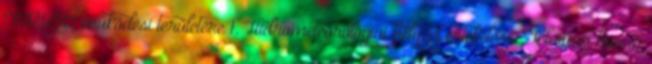
TIVIZIG működési területére 1. Hidrometeorológiai helyzet értékelése: Február hónap